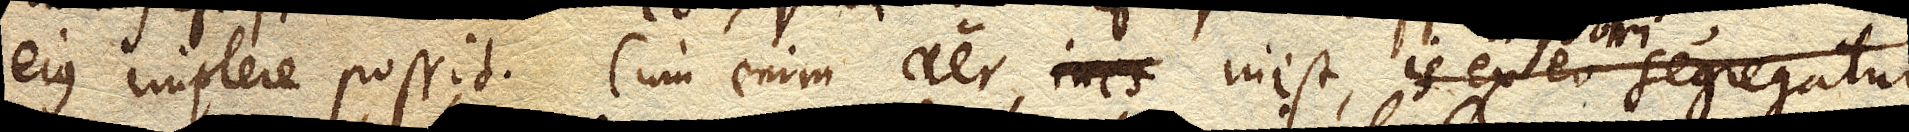
ejus implere possit. Cum enim aer inest, is ex eo segregatur